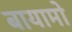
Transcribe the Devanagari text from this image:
बायामो